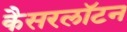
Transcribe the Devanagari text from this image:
कैसरलॉटन